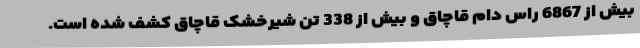
بیش از 6867 راس دام قاچاق و بیش از 338 تن شیرخشک قاچاق کشف شده است.